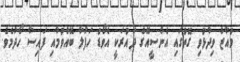
މުއާޒް ވިދާޅުވި ގޮތުގައި އެންސީއޭގެ ދައުރަކީ އެވޯޑު ހަފުލާ ބޭއްވުމާއި ފައިސާ ހޯދުމެވެ.